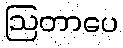
ဩတာပေ